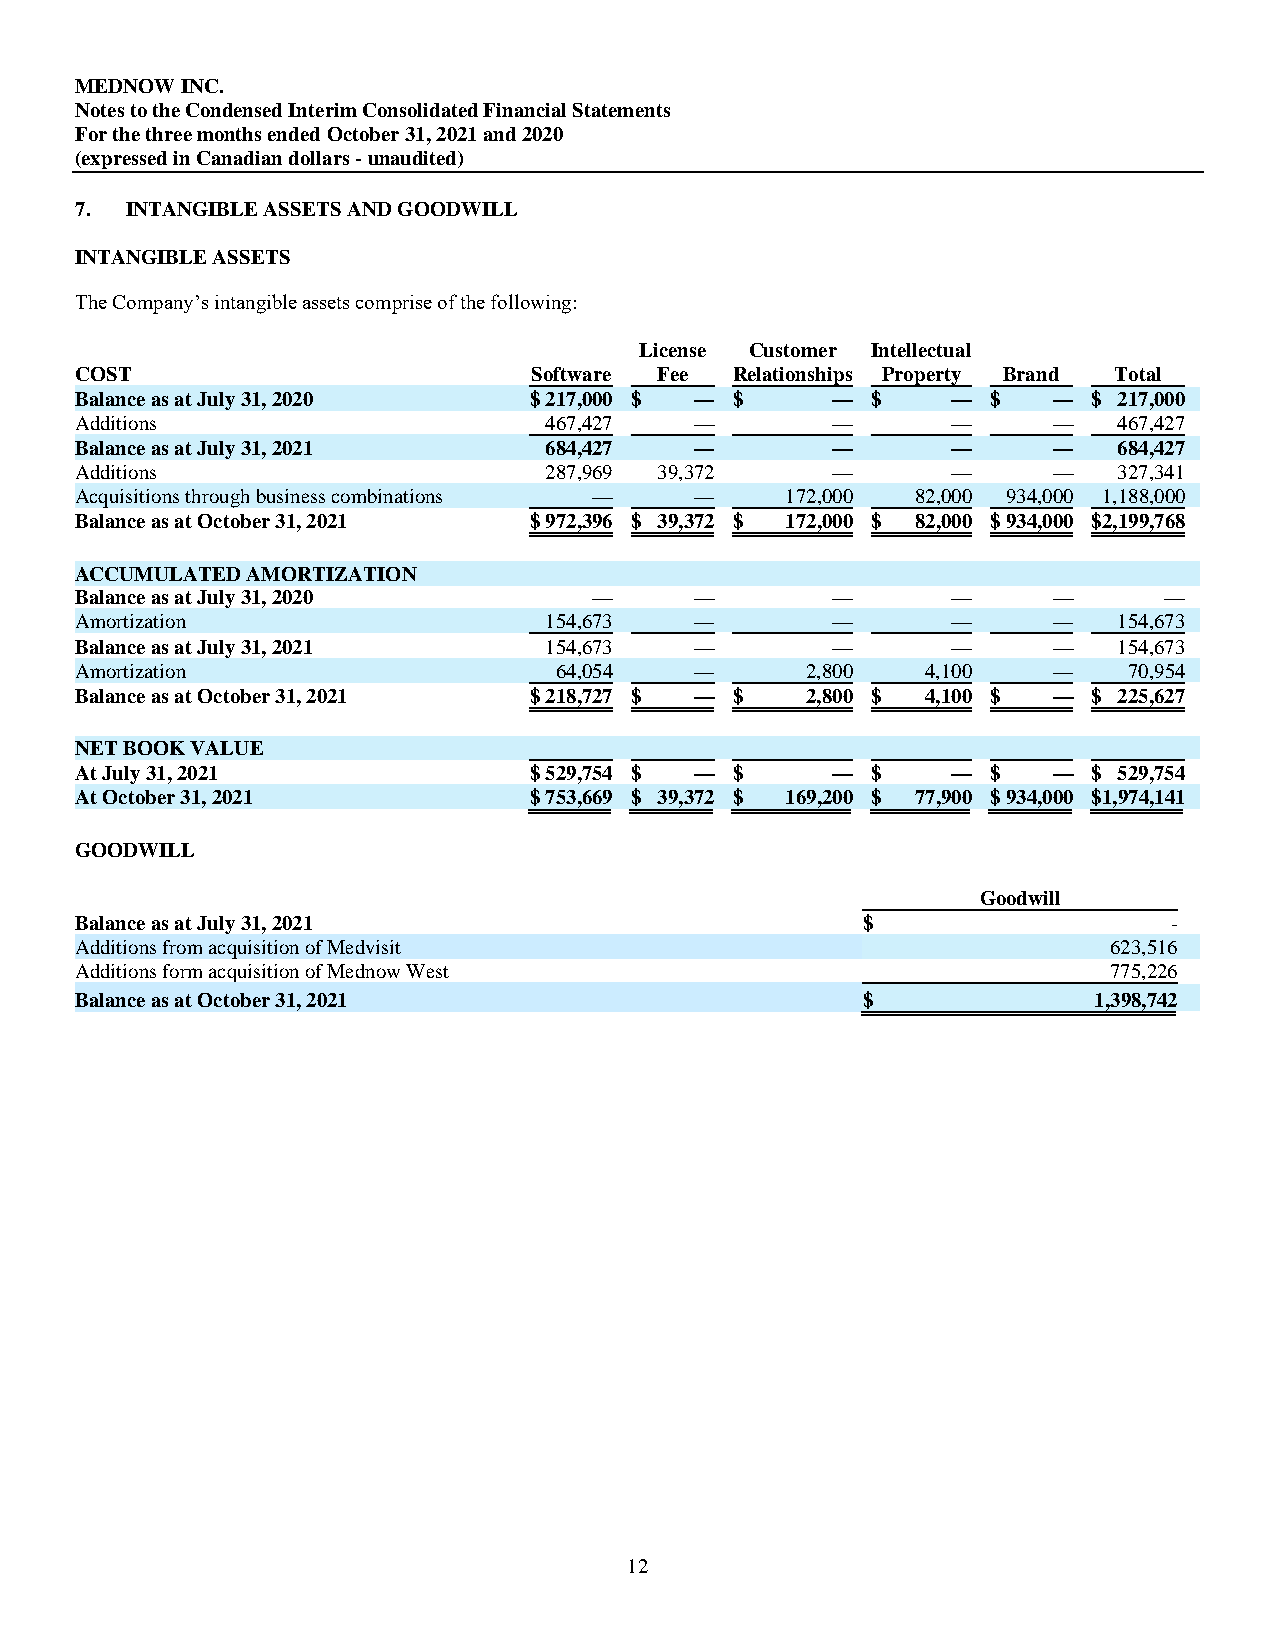
MEDNOW INC.
 Notes to the Condensed Interim Consolidated Financial Statements
 For the three months ended October 31, 2021 and 2020
 (expressed in Canadian dollars - unaudited)
 7. INTANGIBLE ASSETS AND GOODWILL
 INTANGIBLE ASSETS
 The Company’s intangible assets comprise of the following:
 License Customer Intellectual
 COST                          Software Fee  Relationships Property Brand Total
 Balance as at July 31, 2020   $ 217,000 $ — $     —  $    —  $   — $ 217,000
 Additions                      467,427   —        —       —      —   467,427
 Balance as at July 31, 2021    684,427   —        —       —      —   684,427
 Additions                      287,969 39,372     —       —      —   327,341
 Acquisitions through business combinations — — 172,000  82,000 934,000 1,188,000
 Balance as at October 31, 2021 $ 972,396 $ 39,372 $ 172,000 $ 82,000 $ 934,000 $ 2,199,768
 ACCUMULATED AMORTIZATION
 Balance as at July 31, 2020       —      —        —       —      —      —
 Amortization                   154,673   —        —       —      —   154,673
 Balance as at July 31, 2021    154,673   —        —       —      —   154,673
 Amortization                    64,054   —      2,800   4,100    —    70,954
 Balance as at October 31, 2021 $ 218,727 $ — $  2,800 $ 4,100 $  — $ 225,627
 NET BOOK VALUE
 At July 31, 2021              $ 529,754 $ — $     —  $    —  $   — $ 529,754
 At October 31, 2021           $ 753,669 $ 39,372 $ 169,200 $ 77,900 $ 934,000 $ 1,974,141
 GOODWILL
 Goodwill
 Balance as at July 31, 2021                         $                    -
 Additions from acquisition of Medvisit                              623,516
 Additions form acquisition of Mednow West                           775,226
 Balance as at October 31, 2021                      $              1,398,742
 12